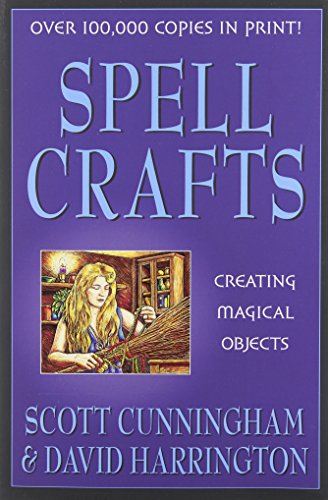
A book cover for Spell Crafts: Creating Magical Objects (Llewellyn's Practical Magick); Scott Cunningham; Crafts, Hobbies & Home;